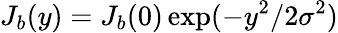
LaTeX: J_{b}(y)=J_{b}(0)\exp(-y^{2}/2\sigma^{2})